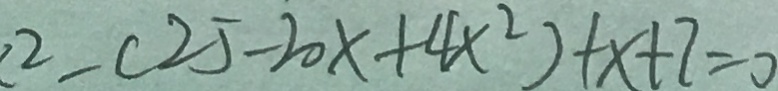
^ { 2 } - ( 2 5 - 2 0 x + 4 x ^ { 2 } ) + x + 7 = 0